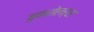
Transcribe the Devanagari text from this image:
बुकसेलर्स